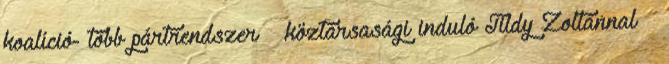
koalíció- több pártrendszer – köztársasági induló Tildy Zoltánnal –